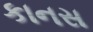
કાનસ